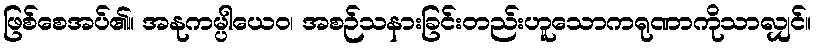
ဖြစ်စေအပ်၏။ အနုကမ္ပါယေဝ၊ အစဉ်သနားခြင်းတည်းဟူသောကရုဏာကိုသာလျှင်။